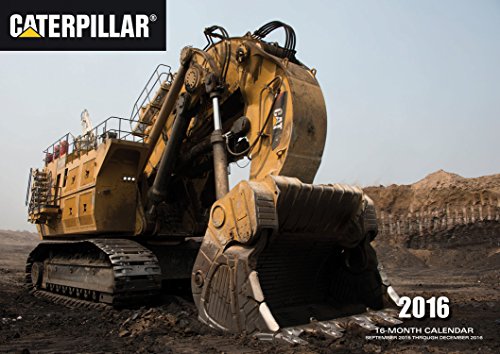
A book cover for Caterpillar 2016: 16-Month Calendar September 2015 through December 2016; Calendars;